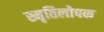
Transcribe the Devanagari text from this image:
स्मृतिलोपक